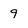
Character: 9